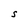
Character: S